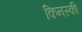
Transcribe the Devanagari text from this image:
किनस्की